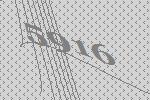
5916